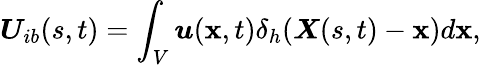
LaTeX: \boldsymbol{U}_{ib}(s,t)=\int_{V}\boldsymbol{u}(\mathbf{x},t)\delta_{h}(\boldsymbol{X}(s,t)-\boldsymbol{\mathbf{x}})d\boldsymbol{\mathbf{x}},